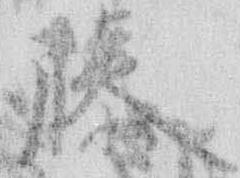
藤